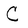
Character: C